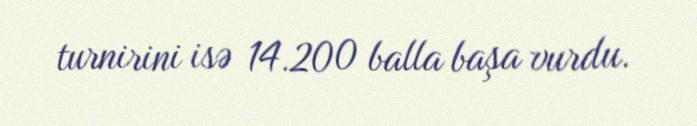
turnirini isə 14.200 balla başa vurdu.